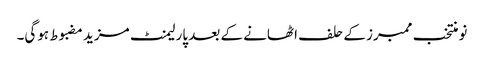
نو منتخب ممبرز کے حلف اٹھانے کے بعد پارلیمنٹ مزید مضبوط ہوگی۔